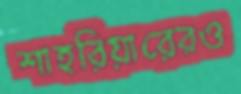
শাহরিয়ারেরও